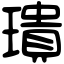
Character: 璝